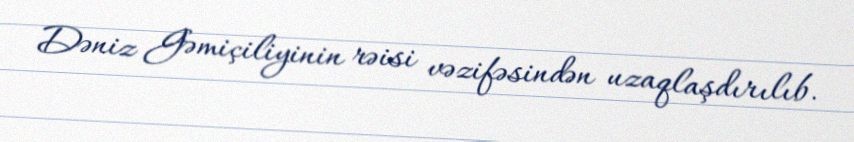
Dəniz Gəmiçiliyinin rəisi vəzifəsindən uzaqlaşdırılıb.